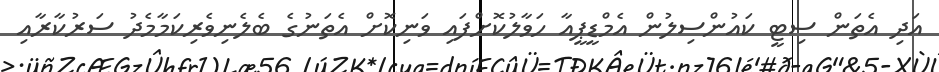
އަދި އެތަން ސިޓީ ކައުންސިލުން އެމްޑީޕީއާ ހަވާލުކޮށްފައި ވަނިކޮށް އެތަނުގެ ބެލެނިވެރިކަމާމެދު ސަރުކާރާއި